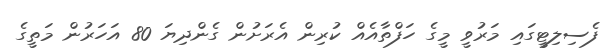
ފެސިލިޓީގައި މަރުވީ މީގެ ހަފްތާއެއް ކުރިން އެރަށުން ގެންދިޔަ 80 އަހަރުން މަތީގެ